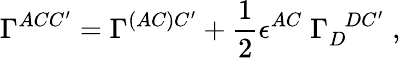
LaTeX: \Gamma^{ACC^{\prime}}=\Gamma^{(AC)C^{\prime}}+{\frac{1}{2}}\epsilon^{AC}\; \Gamma_{D}^{\; \; DC^{\prime}}\; ,